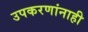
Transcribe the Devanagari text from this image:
उपकरणांनाही